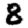
Digit: 8